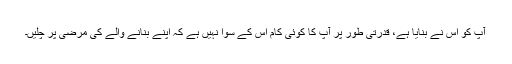
آپ کو اس نے بنایا ہے، قدرتی طور پر آپ کا کوئی کام اس کے سوا نہیں ہے کہ اپنے بنانے والے کی مرضی پر چلیں۔